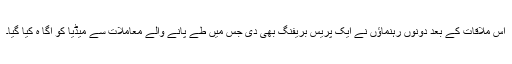
اس ملاقات کے بعد دونوں رہنماﺅں نے ایک پریس بریفنگ بھی دی جس میں طے پانے والے معاملات سے میڈیا کو اگا ہ کیا گیا۔